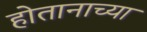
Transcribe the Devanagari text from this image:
होतानाच्या